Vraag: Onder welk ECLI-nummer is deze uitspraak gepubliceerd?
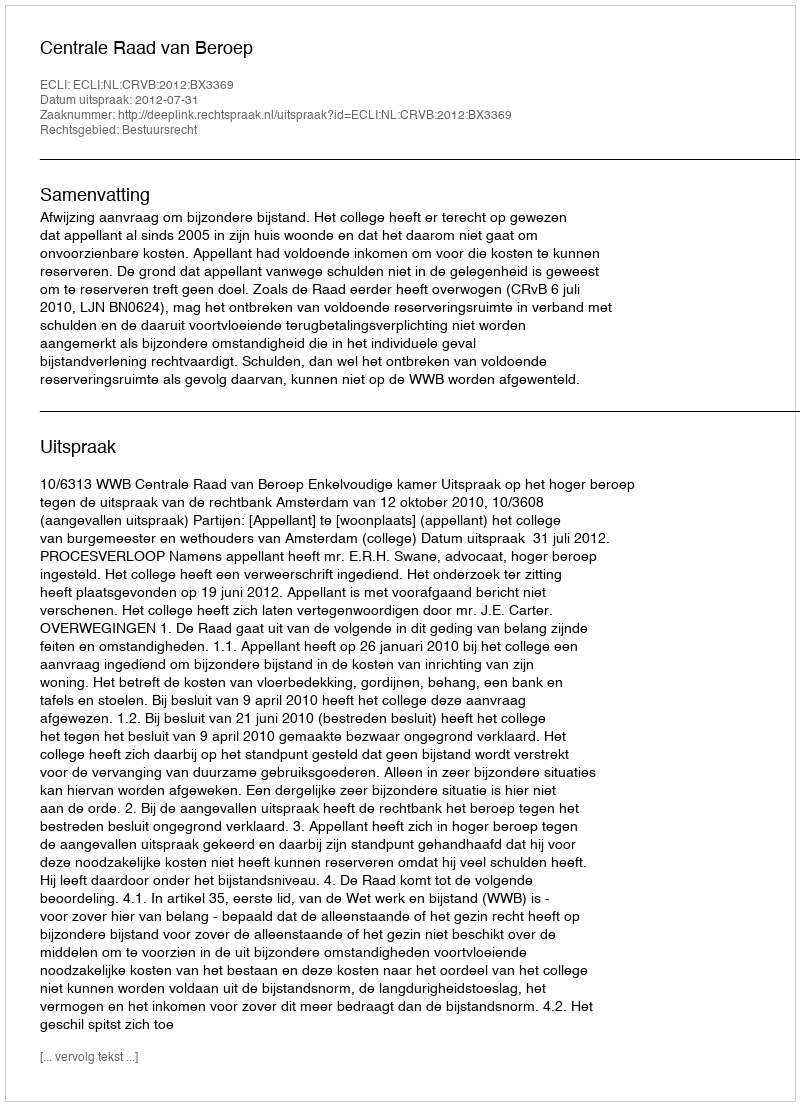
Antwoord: ECLI:NL:CRVB:2012:BX3369